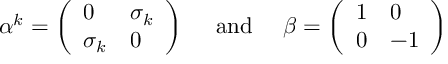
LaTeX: \alpha ^ { k } = \left( \begin{array} { l l } { { 0 } } & { { \sigma _ { k } } } \\ { { \sigma _ { k } } } & { { 0 } } \end{array} \right) \mathrm { ~ ~ ~ ~ a n d ~ ~ ~ ~ } \beta = \left( \begin{array} { l l } { { 1 } } & { { 0 } } \\ { { 0 } } & { { - 1 } } \end{array} \right)